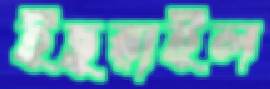
ইছরাইল